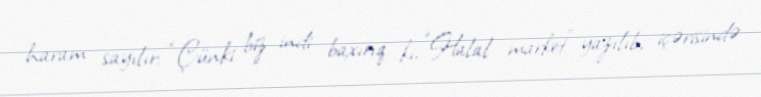
haram sayılır: “Çünki biz indi baxırıq ki, ”Halal market" yazılıb, içərisində